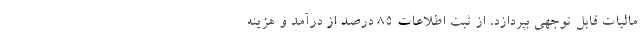
ماليات قابل توجهي بپردازد، از ثبت اطلاعات 85 درصد از درآمد و هزينه